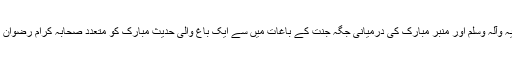
اِس پر مستزاد روضۂ رسول صلی اللہ علیہ وآلہ وسلم اور منبرِ مبارک کی درمیانی جگہ جنت کے باغات میں سے ایک باغ والی حدیثِ مبارک کو متعدد صحابہ کرام رضوان اللہ علیہم اجمعین سے روایت کیا گیا ہے۔